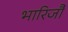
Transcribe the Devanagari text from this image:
भारिजौ